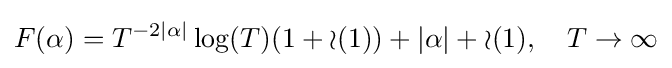
F(\alpha )=T^{-2|\alpha |}\log(T)(1+{\mathcal {o}}(1))+|\alpha |+{\mathcal {o}}(1),\quad T\to \infty